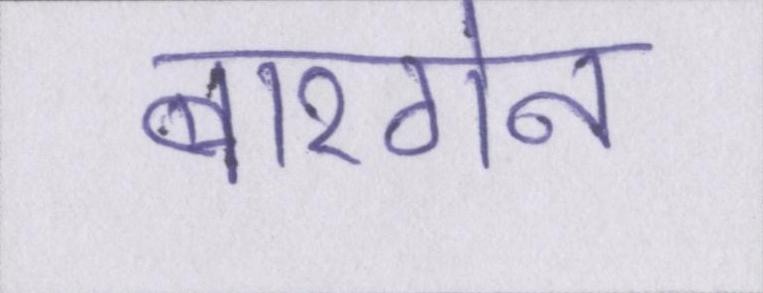
बारगेन